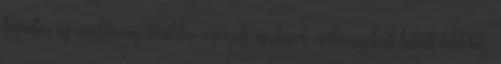
termében az erődítmény területén régészeti ásatások eredményeként talált leleteket,